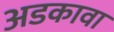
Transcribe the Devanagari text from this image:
अडकावा